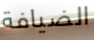
الضيافة